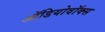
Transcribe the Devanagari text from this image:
ऑडियोवॉक्स